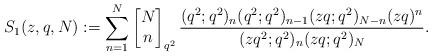
LaTeX: \begin{align*}S_1(z, q, N):=\sum_{n=1}^{N}\left[\begin{matrix} N\\n\end{matrix}\right]_{q^2}\frac{ (q^2;q^2)_{n}(q^2;q^2)_{n-1}(zq;q^2)_{N-n}(zq)^{n}}{(zq^2;q^2)_{n}(zq;q^2)_{N}}.\end{align*}